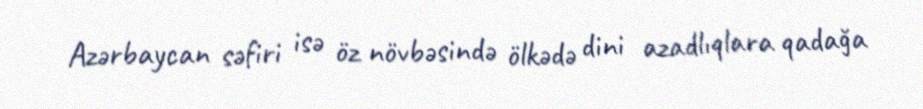
Azərbaycan səfiri isə öz növbəsində ölkədə dini azadlıqlara qadağa